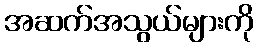
အဆက်အသွယ်များကို